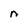
Character: n